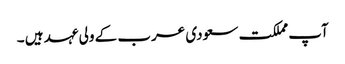
آپ مملکت سعودی عرب کے ولی عہد ہیں ۔